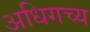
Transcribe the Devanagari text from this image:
अधिगच्य